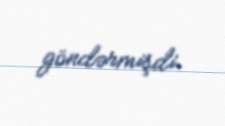
göndərmişdi.